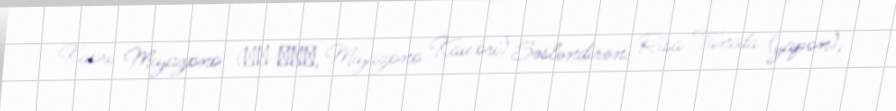
Kaori Miyazono (宮園 かをり, Miyazono Kawori) Səsləndirən: Risa Taneda (yapon),